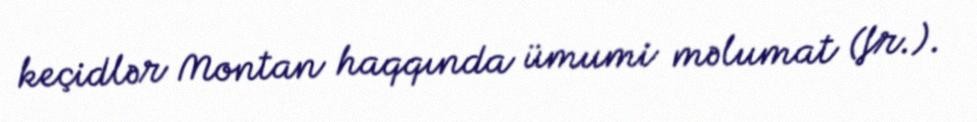
keçidlər Montan haqqında ümumi məlumat (fr.).